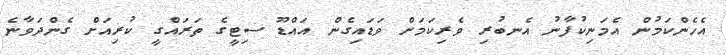
އެހެންކަމުން އެމަނިކުފާނު އެނބުރި ވެރިކަމަށް ވަޑައިގެން އައްޑޫ ސިޓީގެ ތަރައްގީ ކުރިއަށް ގެންދަވާނެ